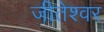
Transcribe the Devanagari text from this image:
जीतेश्वर